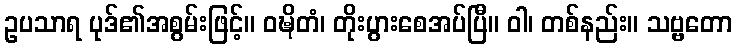
ဥပသာရ ပုဒ်၏အစွမ်းဖြင့်။ ဝဍ္ဎိတံ၊ တိုးပွားစေအပ်ပြီ။ ဝါ၊ တစ်နည်း။ သဗ္ဗတော